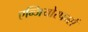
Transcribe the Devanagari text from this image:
एन्जियोस्पर्म्स